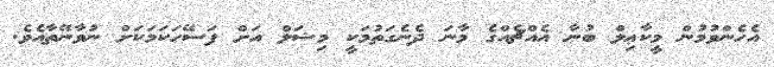
އެހެންވުމުން މީކާޢިލް ބުނާ އެއްޗެއްގެ މާނަ ދެނެގަތުމަކީ މިޝަލް އަށް ފަސޭހަކަމަކަށް ނުވާނޭތާއެވެ.